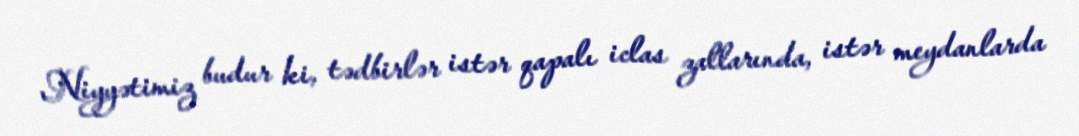
Niyyətimiz budur ki, tədbirlər istər qapalı iclas zallarında, istər meydanlarda